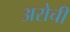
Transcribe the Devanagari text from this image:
अरोची